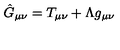
\hat { G } _ { \mu \nu } = { T } _ { \mu \nu } + \Lambda { g } _ { \mu \nu }